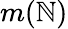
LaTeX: m(\mathbb{N})